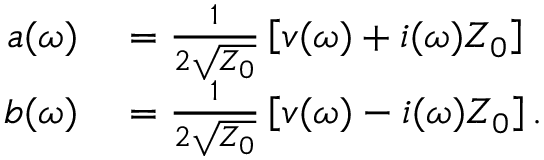
\begin{array} { r l } { a ( \omega ) } & { { } = \frac { 1 } { 2 \sqrt { Z _ { 0 } } } \left[ v ( \omega ) + i ( \omega ) Z _ { 0 } \right] } \\ { b ( \omega ) } & { { } = \frac { 1 } { 2 \sqrt { Z _ { 0 } } } \left[ v ( \omega ) - i ( \omega ) Z _ { 0 } \right] . } \end{array}